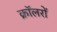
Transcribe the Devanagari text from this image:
क्रॉलरों